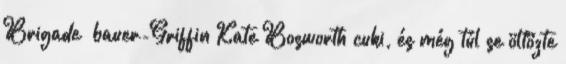
Brigade bauer-Griffin Kate Bosworth cuki, és még túl se öltözte